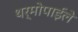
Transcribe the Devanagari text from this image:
थर्मोपाईले